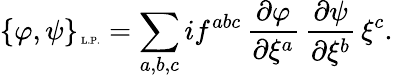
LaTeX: \{ \varphi,\psi\} _{\mathrm{\tiny\mathrm{~L.P.}}}=\sum_{a,b,c}if^{abc}\, \frac{\partial\varphi}{\partial\xi^{a}}\, \frac{\partial\psi}{\partial\xi^{b}}\, \xi^{c}.